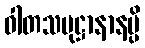
ဝါတသမုဋ္ဌာနာနမ္ပိ